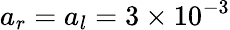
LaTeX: a_{r}=a_{l}=3\times 10^{-3}